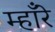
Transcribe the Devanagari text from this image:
म्हाँरे